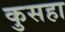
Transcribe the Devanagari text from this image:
कुसहा